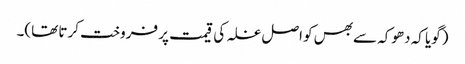
(گویا کہ دھوکہ سے بھس کو اصل غلہ کی قیمت پر فروخت کرتا تھا)۔